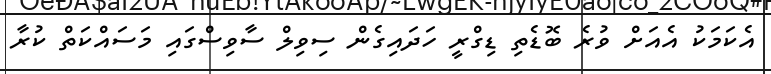
އެކަމަކު އެއަށް ވުރެ ބޮޑެތި ޑިގްރީ ހަދައިގެން ސިވިލް ސާވިސްގައި މަސައްކަތް ކުރާ